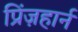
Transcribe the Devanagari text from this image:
प्रिंज़हार्न